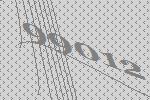
99012